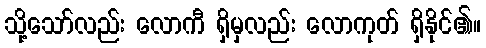
သို့သော်လည်း လောကီ ရှိမှလည်း လောကုတ် ရှိနိုင်၏။